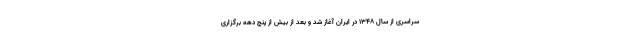
سراسری از سال ۱۳۴۸ در ایران آغاز شد و بعد از بیش از پنج دهه برگزاری